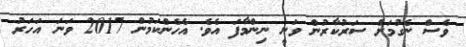
ވެސް ނެގުމަށް ސަރުކާރުން ވަނީ ނިންމާފަ އެވެ. އެހެންކަމުން 2017 ވަނަ އަހަރު